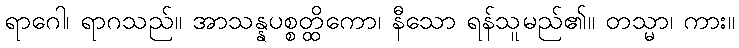
ရာဂေါ၊ ရာဂသည်။ အာသန္နပစ္စတ္ထိကော၊ နီသော ရန်သူမည်၏။ တသ္မာ၊ ကား။